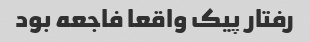
رفتار پیک واقعا فاجعه بود